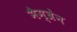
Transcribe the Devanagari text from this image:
मैम्ब्रेन